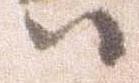
ハ